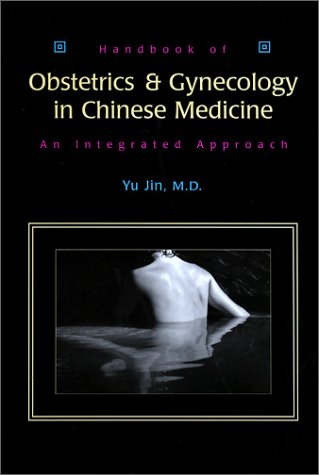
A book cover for Handbook of Obstetrics and Gynecology in Chinese Medicine: An Integrated Approach; Jin Yu; Health, Fitness & Dieting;